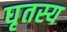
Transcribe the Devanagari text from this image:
घृतस्य